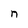
Character: n